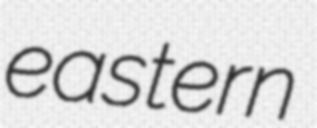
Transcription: eastern